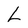
Character: L